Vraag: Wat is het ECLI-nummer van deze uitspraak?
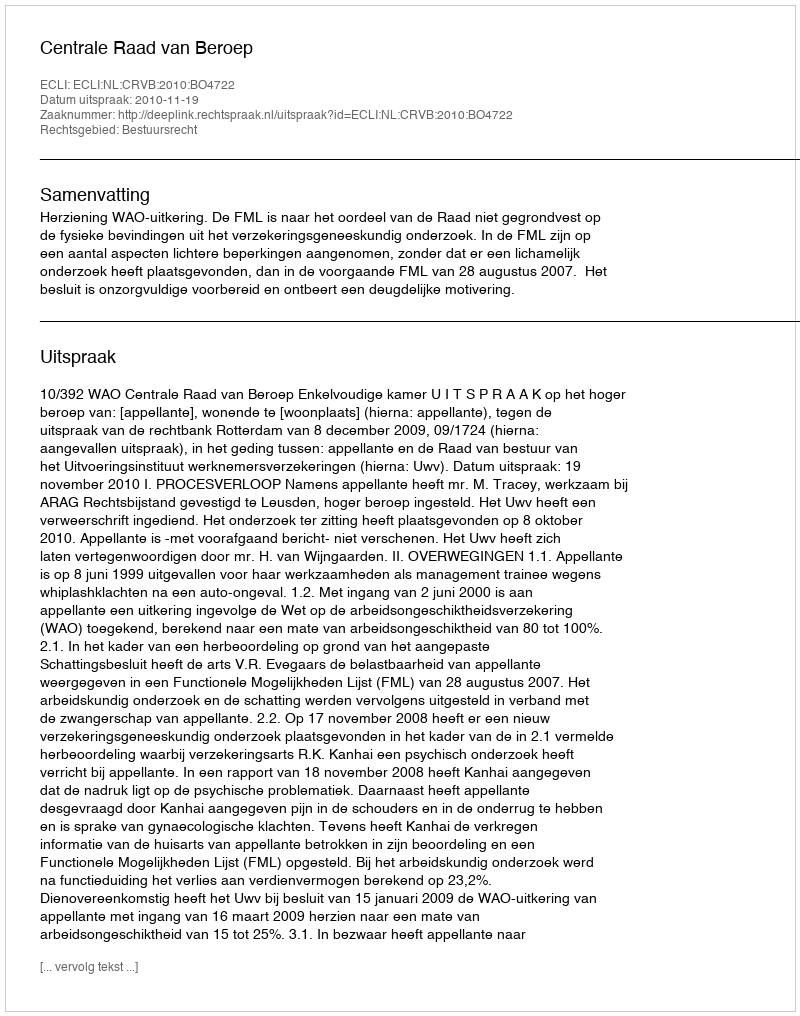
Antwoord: ECLI:NL:CRVB:2010:BO4722